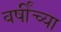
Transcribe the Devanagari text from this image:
वर्षींच्या